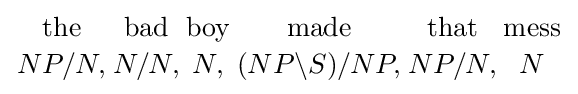
{{\text{the}} \atop {NP/N,}}{{\text{bad}} \atop {N/N,}}{{\text{boy}} \atop {N,}}{{\text{made}} \atop {(NP\backslash S)/NP,}}{{\text{that}} \atop {NP/N,}}{{\text{mess}} \atop {N}}